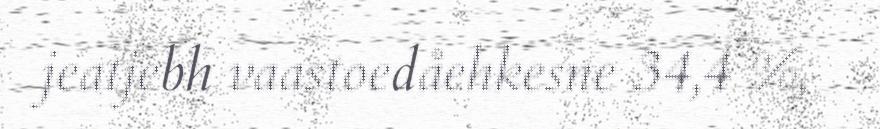
jeatjebh vaastoedåehkesne 34,4 %,